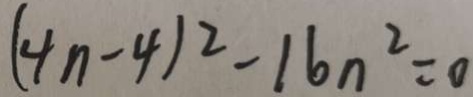
( 4 n - 4 ) ^ { 2 } - 1 6 n ^ { 2 } = 0